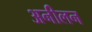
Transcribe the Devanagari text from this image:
अनीलन